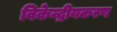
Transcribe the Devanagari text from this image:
विकेन्द्रीयकरण